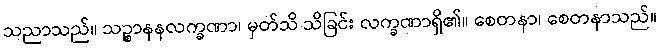
သညာသည်။ သဉ္စာနနလက္ခဏာ၊ မှတ်သိ သိခြင်း လက္ခဏာရှိ၏။ စေတနာ၊ စေတနာသည်။